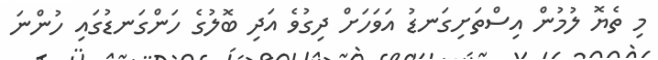
މި ތެޔޮ ލުމުން އިސްތަށިގަނޑު އަވަހަށް ދިގުވެ އަދި ބޮލުގެ ހަންގަނޑުގައި ހުންނަ